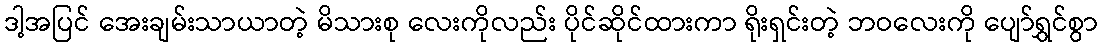
ဒါ့အပြင် အေးချမ်းသာယာတဲ့ မိသားစု လေးကိုလည်း ပိုင်ဆိုင်ထားကာ ရိုးရှင်းတဲ့ ဘဝလေးကို ပျော်ရွှင်စွာ